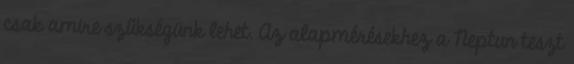
csak amire szűkségünk lehet. Az alapmérésekhez a Neptun teszt